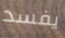
يفسد